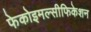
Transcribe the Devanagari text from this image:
फेकोइमल्सीफिकेशन